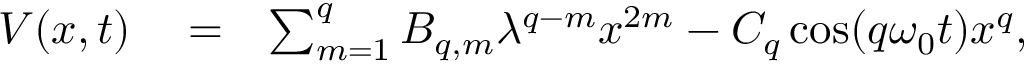
\begin{array} { r l r } { V ( x , t ) } & { { } = } & { \sum _ { m = 1 } ^ { q } B _ { q , m } \lambda ^ { q - m } x ^ { 2 m } - C _ { q } \cos ( q \omega _ { 0 } t ) x ^ { q } , \ \ \ \ \ \ } \end{array}